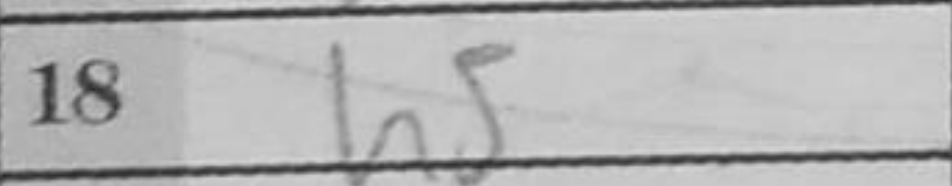
Transcription: h5